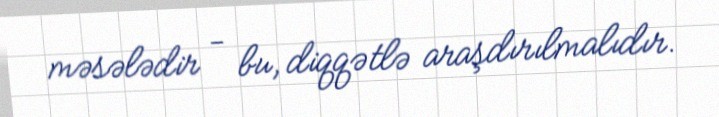
məsələdir - bu, diqqətlə araşdırılmalıdır.